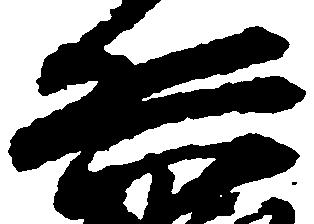
兵